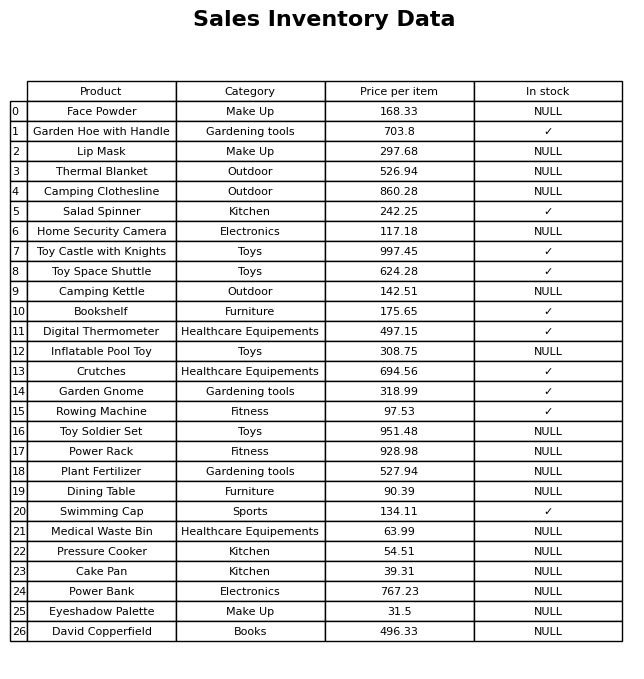
question: Which products are currently out of stock?
answer: Face Powder, Lip Mask, Thermal Blanket, Camping Clothesline, Home Security Camera, Camping Kettle, Inflatable Pool Toy, Toy Soldier Set, Power Rack, Plant Fertilizer, Dining Table, Medical Waste Bin, Pressure Cooker, Cake Pan, Power Bank, Eyeshadow Palette, David Copperfield